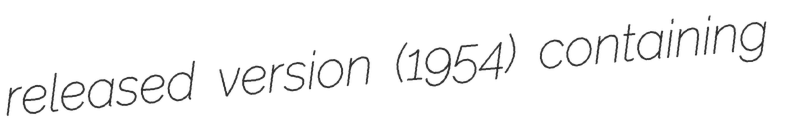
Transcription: released version (1954) containing